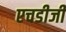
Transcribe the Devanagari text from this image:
एचडीजी